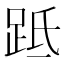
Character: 䟡